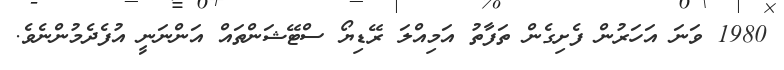
1980 ވަނަ އަހަރުން ފެށިގެން ތަފާތު އަމިއްލަ ރޭޑިޔޯ ސްޓޭޝަންތައް އަންނަނީ އުފެދެމުންނެވެ.